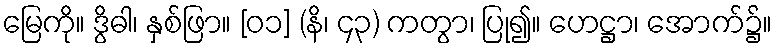
မြေကို။ ဒွိဓါ၊ နှစ်ဖြာ။ [၀၁] (နိ၊ ၄၃) ကတွာ၊ ပြု၍။ ဟေဋ္ဌာ၊ အောက်၌။